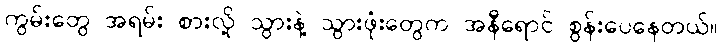
ကွမ်းတွေ အရမ်း စားလို့ သွားနဲ့ သွားဖုံးတွေက အနီရောင် စွန်းပေနေတယ်။